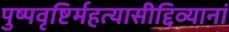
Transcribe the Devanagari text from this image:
पुष्पवृष्टिर्महत्यासीद्दिव्यानां